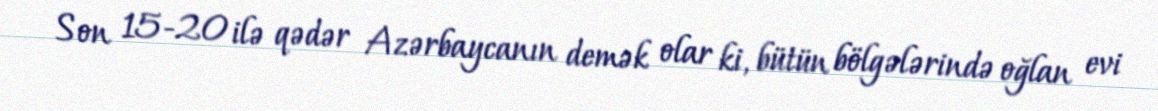
Son 15-20 ilə qədər Azərbaycanın demək olar ki, bütün bölgələrində oğlan evi